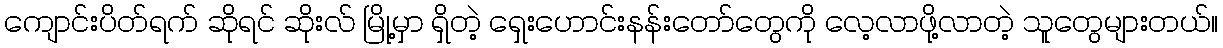
ကျောင်းပိတ်ရက် ဆိုရင် ဆိုးလ် မြို့မှာ ရှိတဲ့ ရှေးဟောင်းနန်းတော်တွေကို လေ့လာဖို့လာတဲ့ သူတွေများတယ်။